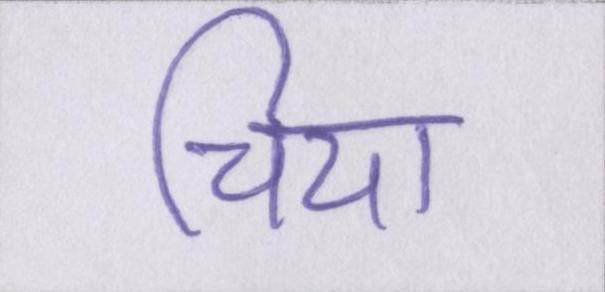
चिया